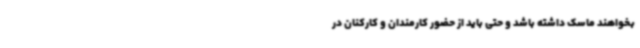
بخواهند ماسک داشته باشد و حتی باید از حضور کارمندان و کارکنان در